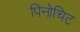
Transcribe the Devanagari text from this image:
पिनोचिट